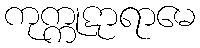
ကုက္ကုဋာရာမေ